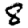
Digit: 8